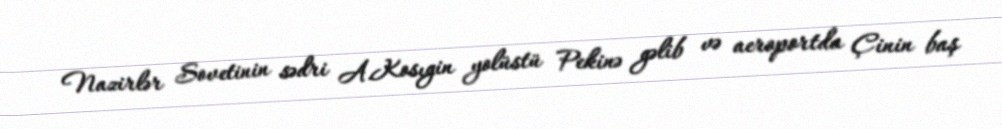
Nazirlər Sovetinin sədri A.Kosıgin yolüstü Pekinə gəlib və aeroportda Çinin baş